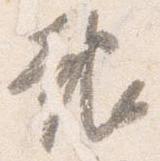
報